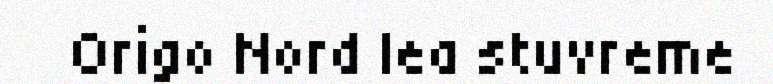
Origo Nord lea stuvreme